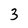
Character: 3